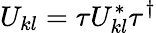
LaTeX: U_{kl}=\tau U_{kl}^{*}\tau^{\dagger}